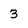
Character: 3